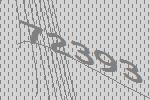
72393